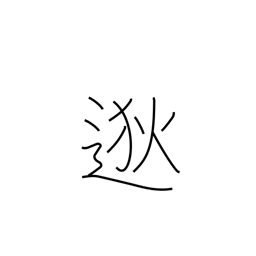
Meaning: far